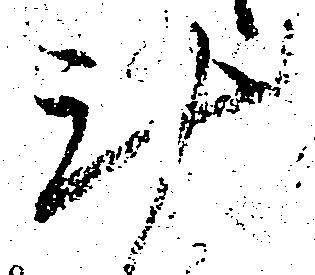
斗